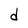
Character: d